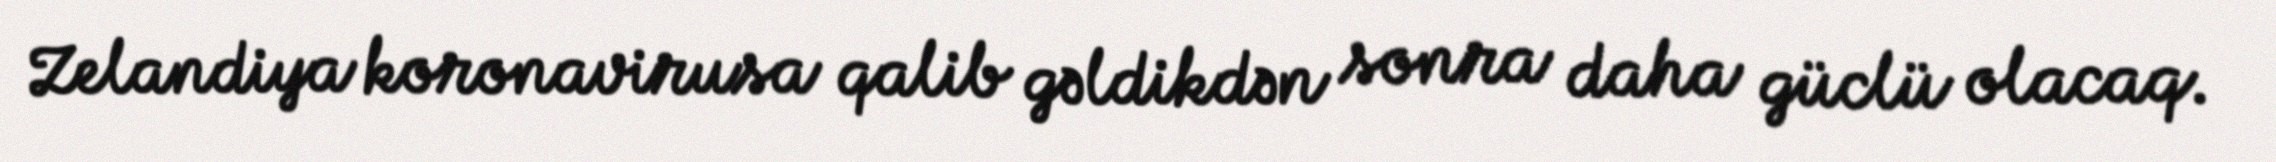
Zelandiya koronavirusa qalib gəldikdən sonra daha güclü olacaq.